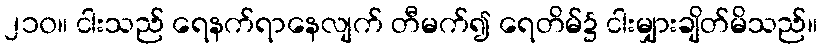
၂၁၀။ ငါးသည် ရေနက်ရာနေလျက် တီမက်၍ ရေတိမ်၌ ငါးမျှားချိတ်မိသည်။